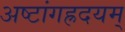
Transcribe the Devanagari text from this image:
अष्टांगह्रदयम्